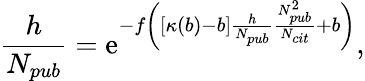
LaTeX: \frac{h}{N_{pub}}=\mathrm{e}^{-f\left([\kappa(b)-b]\frac{h}{N_{pub}}\frac{N_{pub}^{2}}{N_{cit}}+b\right)},